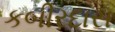
કબીરદાસ